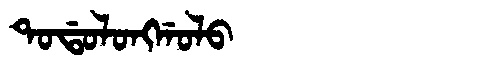
Manchu: ᡨᠣᡩᠣᠯᠣᠩᡤᠣᠯᠣ
Romanization: TODOLONGGOLO